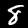
Digit: 8